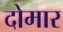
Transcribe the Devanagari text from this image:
दोमार